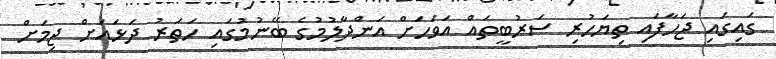
ގައިގައި ޖަހާފައި ތިޔަހުރި ސަރުބީތައް އަވަހަށް އަންދާލުމުގެ ބޭނުމުގައި ހަތަރު ދަޅައަށް ޖިމަށް